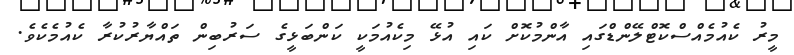
މީރު ކެއުމެއްސްކޮޓްލޭންޑްގައި އާންމުކޮށް ކައި އުޅޭ މިކެއުމަކީ ކަންބަޅީގެ ސަރުބިން ތައްޔާރުކުރާ ކެއުމެކެވެ.